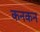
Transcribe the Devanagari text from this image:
कनकन